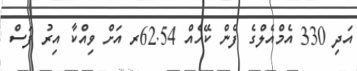
އަދި 330 އެމްއެލްގެ ފެން ކޭހެއް 62.54ރ އަށް ވިއްކާ އިރު ފަސް